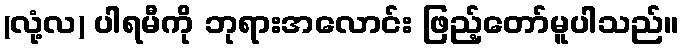
(လုံ့လ) ပါရမီကို ဘုရားအလောင်း ဖြည့်တော်မူပါသည်။